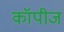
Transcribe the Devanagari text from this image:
कॉपीज